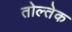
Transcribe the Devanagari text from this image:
तोल्तेक